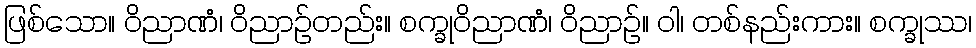
ဖြစ်သော။ ဝိညာဏံ၊ ဝိညာဉ်တည်း။ စက္ခုဝိညာဏံ၊ ဝိညာဉ်။ ဝါ၊ တစ်နည်းကား။ စက္ခုဿ၊